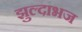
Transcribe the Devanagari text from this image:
झुल्दाभज